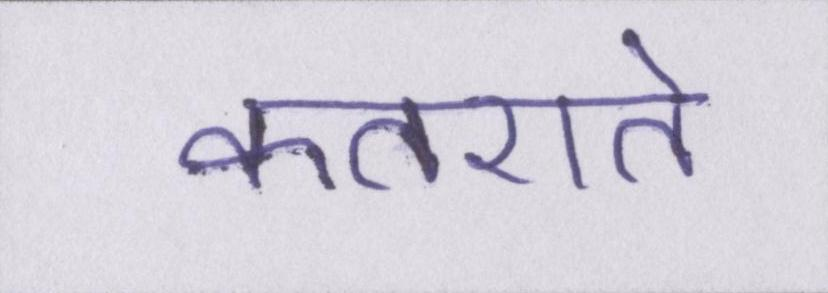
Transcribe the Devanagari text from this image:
कतराते